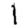
Digit: 1